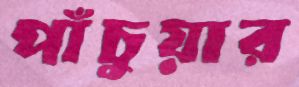
পাঁচুয়ার